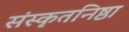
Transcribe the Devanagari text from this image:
संस्कृतनिष्ठा